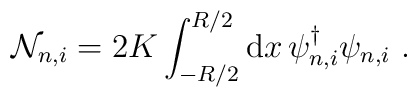
{\cal N}_{n,i} = 2 K \int_{-R/2}^{R/2} {\rm d}x\, \psi_{n,i}^{\dagger} \psi_{n,i}\ .